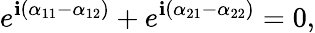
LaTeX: e^{\mathbf{i}(\alpha_{11}-\alpha_{12})}+e^{\mathbf{i}(\alpha_{21}-\alpha_{22})}=0,